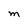
Character: M